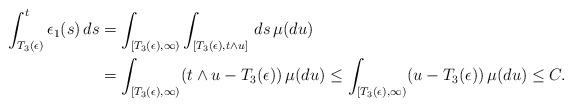
LaTeX: \begin{align*} \int_{T_3(\epsilon)}^t \epsilon_1(s)\,ds&=\int_{[T_3(\epsilon),\infty)} \int_{[T_3(\epsilon),t\wedge u]} \, ds \,\mu(du)\\&=\int_{[T_3(\epsilon),\infty)} (t\wedge u - T_3(\epsilon))\, \mu(du)\leq \int_{[T_3(\epsilon),\infty)} ( u - T_3(\epsilon))\, \mu(du)\leq C.\end{align*}